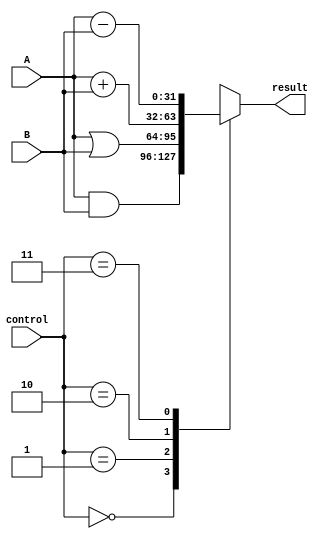
module ALU(result,control,A,B);
	input[31:0] A, B;
	input[1:0] control;
	output[31:0] result;
	reg[31:0] result;
	always@(control) begin
		case(control)
			2'b00: begin  result = A & B; end
			2'b01: begin  result = A | B; end
			2'b10: begin  result = A + B; end
			2'b11: begin  result = A - B; end
			default: ;
		endcase
	end
endmodule